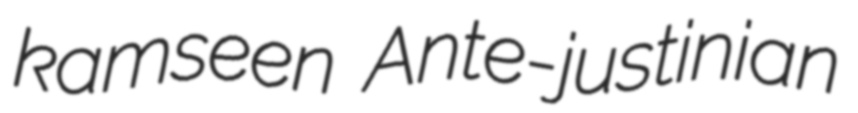
kamseen Ante-justinian